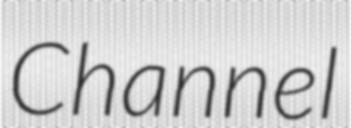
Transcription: Channel